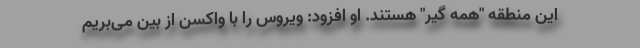
این منطقه "همه گیر" هستند. او افزود: ویروس را با واکسن از بین می‌بریم